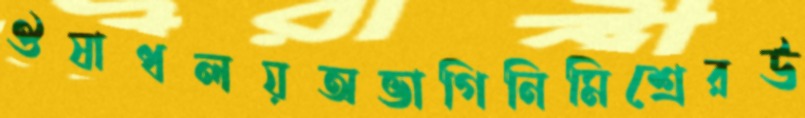
ঔষাধলয়অভাগিনিমিশ্রেরউ